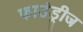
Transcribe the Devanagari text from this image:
फाउंड्रीज